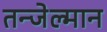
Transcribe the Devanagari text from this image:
तन्जेल्मान